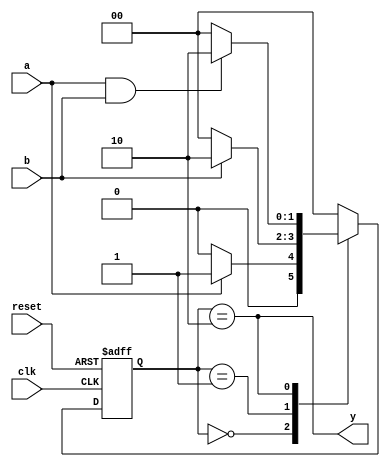
module FSM_Mealy (input clk, reset, a, b, output y);

reg [1:0] state, nextstate;

parameter s0= 3'b000;
parameter s1= 3'b001;
parameter s2= 3'b010;

always@(posedge clk or posedge reset)
	if (reset==1)
		state <= s0;
	else
		state <= nextstate;
	
always@ (*)
	case(state)
		s0: if(a==1) nextstate=s1;
		else nextstate =s0;
		
		s1: if(b==1) nextstate=s2;
		else nextstate =s0;
		
		s2: if ((a==1) & (b==1)) nextstate =s2;
		else nextstate= s0;
		
		default nextstate=s0;
	endcase
		
		assign y=(state==s2);

endmodule